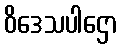
ဝိဒေသပါဌော